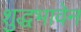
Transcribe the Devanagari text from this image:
शुद्धभावेन